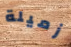
زميلة